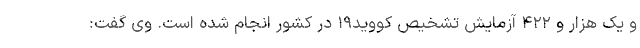
و یک هزار و ۴۲۲ آزمایش تشخیص کووید۱۹ در کشور انجام شده است. وی گفت: